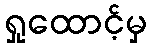
ရှုထောင့်မှ